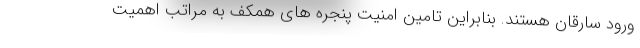
ورود سارقان هستند. بنابراین تامین امنیت پنجره های همکف به مراتب اهمیت